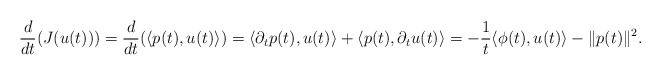
\begin{align*} \frac{d}{dt} (J(u(t))) = \frac{d}{dt} (\langle p(t), u(t) \rangle) = \langle \partial_t p(t), u(t) \rangle + \langle p(t), \partial_t u(t) \rangle = - \frac{1}t \langle \phi(t), u(t) \rangle - \Vert p(t) \Vert^2. \end{align*}